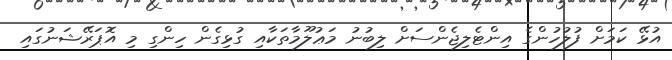
އުޅޭ ކަމަށް ފުލުހުންގެ އިންޓެލިޖެންސަށް ލިބުނު މަޢުލޫމާތަކާއި ގުޅިގެން ހިންގި މި އޮޕަރޭޝަނުގައި